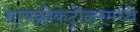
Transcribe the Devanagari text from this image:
मायक्रोकंट्रोलरमध्ये